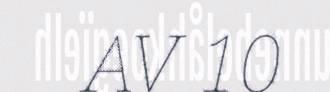
AV 10